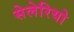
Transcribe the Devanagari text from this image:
सेलेरियो